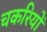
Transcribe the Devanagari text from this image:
चकरियों